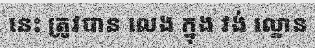
នេះ ត្រូវបាន លេង ក្នុង វង់ ល្ខោន